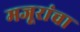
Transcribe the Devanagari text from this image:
मजूरांचा